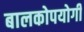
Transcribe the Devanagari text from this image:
बालकोपयोगी